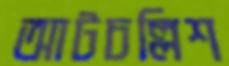
আটচল্লিশ